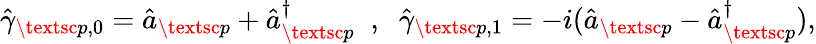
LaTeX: \begin{array}{r}{\hat{\gamma}_{\textsc{p},0}=\hat{a}_{\textsc{p}}+\hat{a}_{\textsc{p}}^{\dagger}\; \; ,\; \; \hat{\gamma}_{\textsc{p},1}=-i(\hat{a}_{\textsc{p}}-\hat{a}_{\textsc{p}}^{\dagger}),}\end{array}